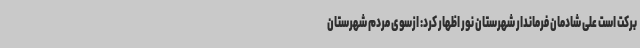
برکت است علی شادمان فرماندار شهرستان نور اظهار کرد: ازسوی مردم شهرستان